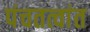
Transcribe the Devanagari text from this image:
पंचतत्वांत